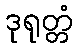
ဒုရုတ္တံ